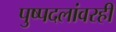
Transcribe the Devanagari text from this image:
पुष्पदलांवरही